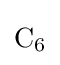
{\mathrm {C} {\vphantom {A}}_{\smash[{t}]{6}}}